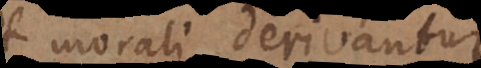
morali derivantur: